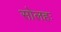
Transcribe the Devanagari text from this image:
सोलहः